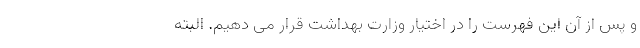
و پس از آن این فهرست را در اختیار وزارت بهداشت قرار می دهیم. البته